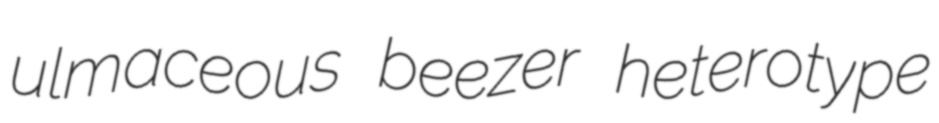
ulmaceous beezer heterotype